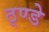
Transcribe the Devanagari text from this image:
ठ्ण्डे